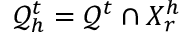
\mathcal Q _ { h } ^ { t } = \mathcal Q ^ { t } \cap X _ { r } ^ { h }